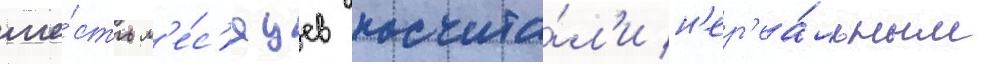
ше́сть м'е́с'яцев посчита́л'и н'ер'еа́льным